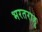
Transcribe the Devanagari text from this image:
भरतराहु